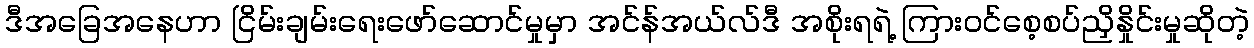
ဒီအခြေအနေဟာ ငြိမ်းချမ်းရေးဖော်ဆောင်မှုမှာ အင်န်အယ်လ်ဒီ အစိုးရရဲ့ ကြားဝင်စေ့စပ်ညှိနှိုင်းမှုဆိုတဲ့